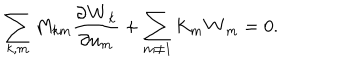
\sum _ { k , m } M _ { k m } \frac { \partial { \bf W } _ { k } } { \partial u _ { m } } + \sum _ { m \ne 1 } K _ { m } { \bf W } _ { m } = 0 .